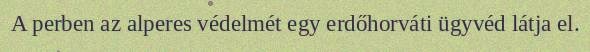
A perben az alperes védelmét egy erdőhorváti ügyvéd látja el.